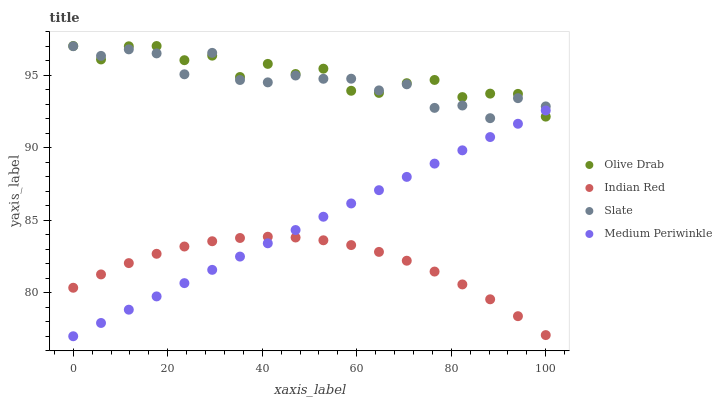
| xaxis_label | Olive Drab | Indian Red | Slate | Medium Periwinkle |
 | --- | --- | --- | --- | --- |
 | 0 | 97 | 80.3 | 97 | 77 |
 | 5.88 | 96.1 | 81.3 | 96.3 | 77.9 |
 | 11.8 | 97 | 82 | 96.8 | 78.8 |
 | 17.6 | 97 | 82.7 | 96.5 | 79.7 |
 | 23.5 | 96 | 83.2 | 95.1 | 80.7 |
 | 29.4 | 96.3 | 83.5 | 96.5 | 81.6 |
 | 35.3 | 94.9 | 83.8 | 94.7 | 82.5 |
 | 41.2 | 95.8 | 83.9 | 94.5 | 83.4 |
 | 47.1 | 95.1 | 83.8 | 95 | 84.3 |
 | 52.9 | 95.4 | 83.6 | 94.7 | 85.2 |
 | 58.8 | 93.9 | 83.3 | 94.7 | 86.2 |
 | 64.7 | 93.8 | 82.8 | 93.9 | 87.1 |
 | 70.6 | 94.4 | 82.2 | 94.4 | 88 |
 | 76.5 | 94.7 | 81.5 | 92.7 | 88.9 |
 | 82.4 | 93.5 | 80.6 | 92.9 | 89.8 |
 | 88.2 | 93.7 | 79.5 | 92 | 90.7 |
 | 94.1 | 93.7 | 78.4 | 93.4 | 91.6 |
 | 100 | 92.1 | 77.1 | 92.8 | 92.6 |